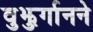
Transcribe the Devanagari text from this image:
वुझुर्गानने